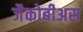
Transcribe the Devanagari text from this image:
जैकोबीअस